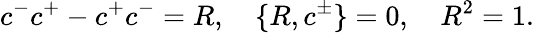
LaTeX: c^{-}c^{+}-c^{+}c^{-}=R,\quad\{ R,c^{\pm}\} =0,\quad R^{2}=1.